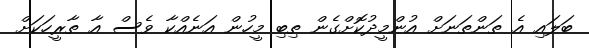
ބަލައި އެ ތަންތަނަށް އުންމީދުކޮށްގެން ތިބި މީހުން އަނެއްކާ ވެސް އާ ތާރީހަކަށް